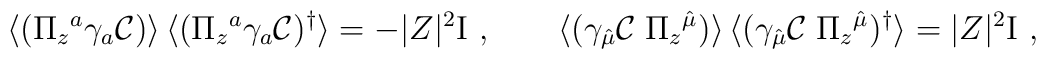
\langle(\Pi_z{}^{a} \gamma_a {\cal C})\rangle \,\langle(\Pi_z{}^{a} \gamma_a  {\cal C} ) ^\dagger \rangle =-  |Z|^2 {\rm I} \ , \qquad \langle(\gamma_{\hat \mu} {\cal C} \;\Pi_z{}^{\hat\mu})\rangle \,\langle(\gamma_{\hat \mu}  {\cal C}  \; \Pi_z{}^{\hat \mu}) ^\dagger \rangle =|Z|^2 {\rm I} \ ,